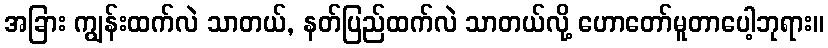
အခြား ကျွန်းထက်လဲ သာတယ်, နတ်ပြည်ထက်လဲ သာတယ်လို့ ဟောတော်မူတာပေါ့ဘုရား။